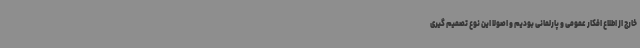
خارج از اطلاع افکار عمومی و پارلمانی بودیم و اصولا این نوع تصمیم گیری